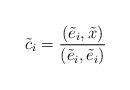
LaTeX: \begin{align*}\tilde c_i = \frac{(\tilde e_i,\tilde x)}{(\tilde e_i,\tilde e_i)}\end{align*}